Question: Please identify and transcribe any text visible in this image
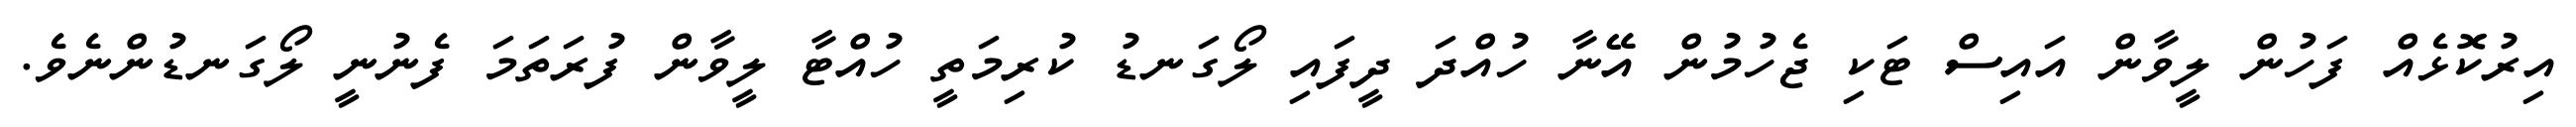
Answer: އިރުކޮޅެއް ފަހުން ލީވާން އައިސް ޓަކި ޖެހުމުން އޭނާ ހުއްދަ ދީފައި ލޯގަނޑު ކުރިމަތީ ހުއްޓާ ލީވާން ފުރަތަމަ ފެނުނީ ލޯގަނޑުންނެވެ.